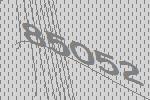
85052